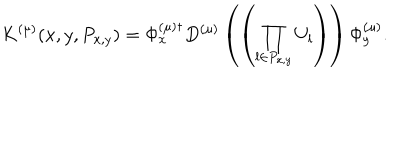
K ^ { ( \mu ) } ( x , y , P _ { x , y } ) = \Phi _ { x } ^ { ( \mu ) \dagger } D ^ { ( \mu ) } \left( \left( \prod _ { l \in P _ { x , y } } U _ { l } \right) \right) \Phi _ { y } ^ { ( \mu ) } .